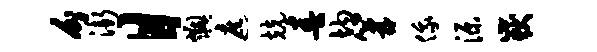
分渐目燠遮兢春均篝俄源岳